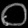
Digit: ၀